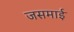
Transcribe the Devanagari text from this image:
जसमाई